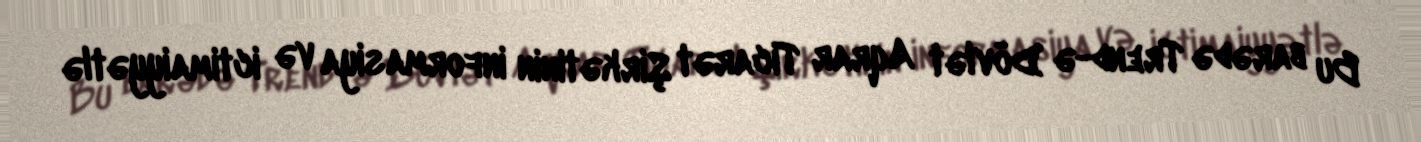
Bu barədə Trend-ə Dövlət Aqrar Ticarət Şirkətinin informasiya və ictimaiyyətlə